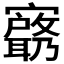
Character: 𫴟